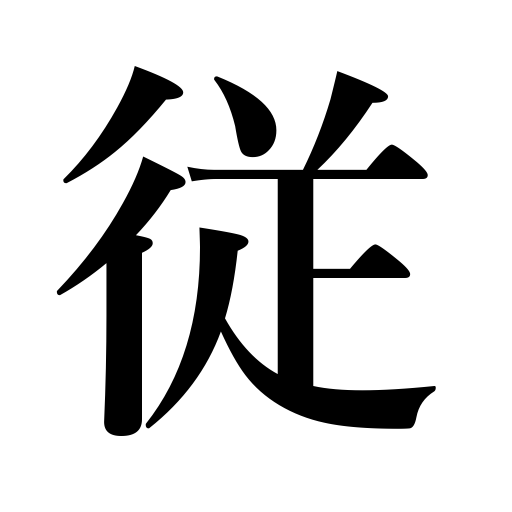
Meanings: accessory,obey,take someone with you,be accompanied by,observe a law,follow,retainer,accompany,subjugate,subdue,comply with,submit to,incidental,junior,subordinate,secondary